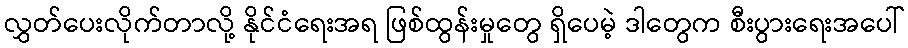
လွှတ်ပေးလိုက်တာလို့ နိုင်ငံရေးအရ ဖြစ်ထွန်းမှုတွေ ရှိပေမဲ့ ဒါတွေက စီးပွားရေးအပေါ်